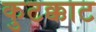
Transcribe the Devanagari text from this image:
कुटक्काट